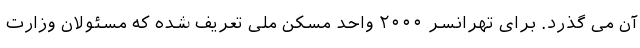
آن می گذرد. برای تهرانسر ۲۰۰۰ واحد مسکن ملی تعریف شده که مسئولان وزارت